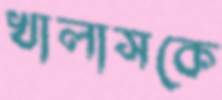
খালাসকে